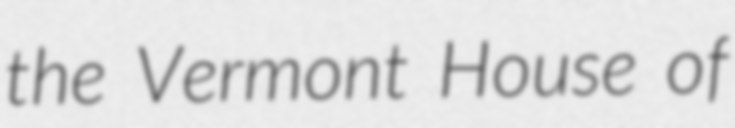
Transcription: the Vermont House of